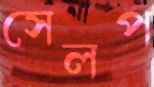
সেলপ